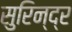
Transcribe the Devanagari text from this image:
सुरिन्द्र